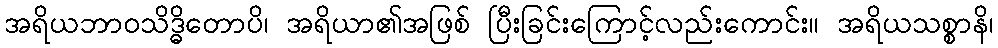
အရိယဘာဝသိဒ္ဓိတောပိ၊ အရိယာ၏အဖြစ် ပြီးခြင်းကြောင့်လည်းကောင်း။ အရိယသစ္စာနိ၊